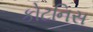
કોટનિસ